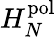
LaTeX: H_{N}^{\mathrm{pol}}